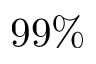
9 9 \%